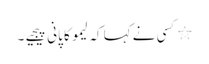
٭کسی نے کہا کہ لیمو کا پانی پیجیے۔